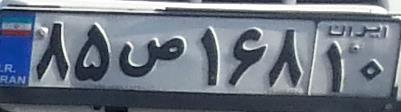
۸۵ص۱۶۸۱۰